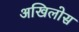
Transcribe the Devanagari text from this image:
अखिलोस